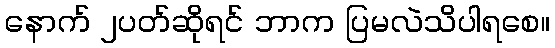
နောက် ၂ပတ်ဆိုရင် ဘာက ပြမလဲသိပါရစေ။